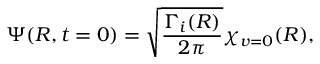
\Psi ( R , t = 0 ) = \sqrt { \frac { \Gamma _ { i } ( R ) } { 2 \pi } } \chi _ { v = 0 } ( R ) ,